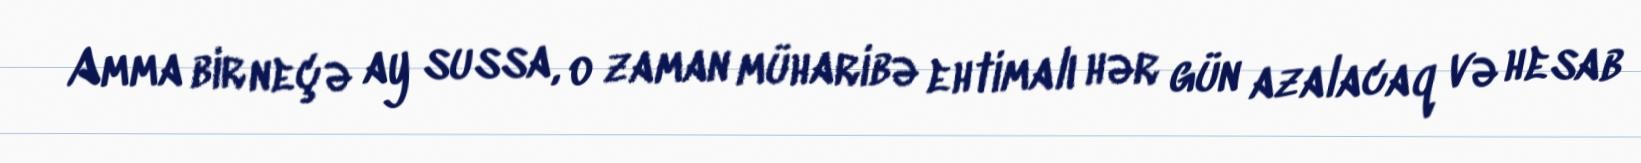
Amma bir neçə ay sussa, o zaman müharibə ehtimalı hər gün azalacaq və hesab